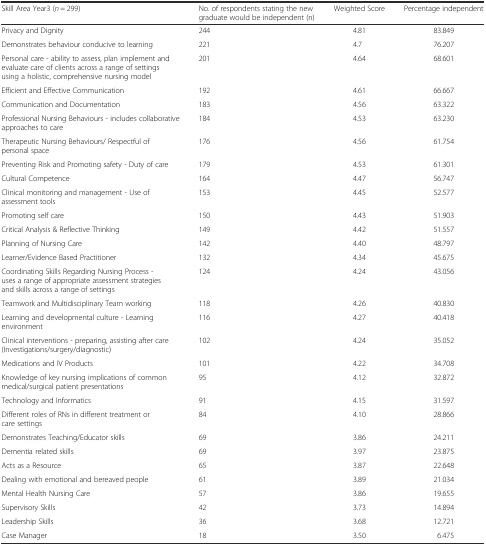
<table><thead><tr><td><b>Skill Area Year3 (<i>n</i> = 299)</b></td><td><b>No. of respondents stating the new graduate would be independent (n)</b></td><td><b>Weighted Score</b></td><td><b>Percentage independent</b></td></tr></thead><tbody><tr><td>Privacy and Dignity</td><td>244</td><td>4.81</td><td>83.849</td></tr><tr><td>Demonstrates behaviour conducive to learning</td><td>221</td><td>4.7</td><td>76.207</td></tr><tr><td>Personal care - ability to assess, plan implement and evaluate care of clients across a range of settings using a holistic, comprehensive nursing model</td><td>201</td><td>4.64</td><td>68.601</td></tr><tr><td>Efficient and Effective Communication</td><td>192</td><td>4.61</td><td>66.667</td></tr><tr><td>Communication and Documentation</td><td>183</td><td>4.56</td><td>63.322</td></tr><tr><td>Professional Nursing Behaviours - includes collaborative approaches to care</td><td>184</td><td>4.53</td><td>63.230</td></tr><tr><td>Therapeutic Nursing Behaviours/ Respectful of personal space</td><td>176</td><td>4.56</td><td>61.754</td></tr><tr><td>Preventing Risk and Promoting safety - Duty of care</td><td>179</td><td>4.53</td><td>61.301</td></tr><tr><td>Cultural Competence</td><td>164</td><td>4.47</td><td>56.747</td></tr><tr><td>Clinical monitoring and management - Use of assessment tools</td><td>153</td><td>4.45</td><td>52.577</td></tr><tr><td>Promoting self care</td><td>150</td><td>4.43</td><td>51.903</td></tr><tr><td>Critical Analysis &amp; Reflective Thinking</td><td>149</td><td>4.42</td><td>51.557</td></tr><tr><td>Planning of Nursing Care</td><td>142</td><td>4.40</td><td>48.797</td></tr><tr><td>Learner/Evidence Based Practitioner</td><td>132</td><td>4.34</td><td>45.675</td></tr><tr><td>Coordinating Skills Regarding Nursing Process -uses a range of appropriate assessment strategies and skills across a range of settings</td><td>124</td><td>4.24</td><td>43.056</td></tr><tr><td>Teamwork and Multidisciplinary Team working</td><td>118</td><td>4.26</td><td>40.830</td></tr><tr><td>Learning and developmental culture - Learning environment</td><td>116</td><td>4.27</td><td>40.418</td></tr><tr><td>Clinical interventions - preparing, assisting after care (Investigations/surgery/diagnostic)</td><td>102</td><td>4.24</td><td>35.052</td></tr><tr><td>Medications and IV Products</td><td>101</td><td>4.22</td><td>34.708</td></tr><tr><td>Knowledge of key nursing implications of common medical/surgical patient presentations</td><td>95</td><td>4.12</td><td>32.872</td></tr><tr><td>Technology and Informatics</td><td>91</td><td>4.15</td><td>31.597</td></tr><tr><td>Different roles of RNs in different treatment or care settings</td><td>84</td><td>4.10</td><td>28.866</td></tr><tr><td>Demonstrates Teaching/Educator skills</td><td>69</td><td>3.86</td><td>24.211</td></tr><tr><td>Dementia related skills</td><td>69</td><td>3.97</td><td>23.875</td></tr><tr><td>Acts as a Resource</td><td>65</td><td>3.87</td><td>22.648</td></tr><tr><td>Dealing with emotional and bereaved people</td><td>61</td><td>3.89</td><td>21.034</td></tr><tr><td>Mental Health Nursing Care</td><td>57</td><td>3.86</td><td>19.655</td></tr><tr><td>Supervisory Skills</td><td>42</td><td>3.73</td><td>14.894</td></tr><tr><td>Leadership Skills</td><td>36</td><td>3.68</td><td>12.721</td></tr><tr><td>Case Manager</td><td>18</td><td>3.50</td><td>6.475</td></tr></tbody></table>